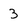
Character: 3